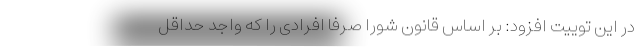
در این توییت افزود: بر اساس قانون شورا صرفا افرادی را که واجد حداقل